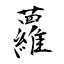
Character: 蘿